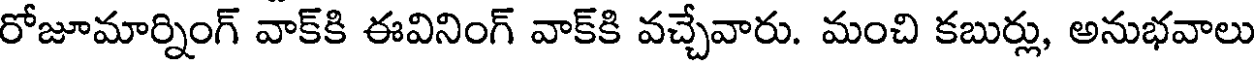
రోజూమార్నింగ్ వాక్కి ఈవినింగ్ వాక్కి వచ్చేవారు. మంచి కబుర్లు, అనుభవాలు